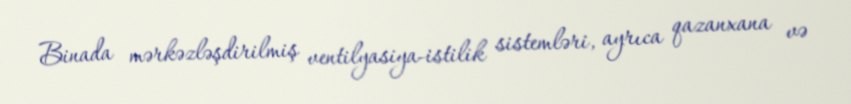
Binada mərkəzləşdirilmiş ventilyasiya-istilik sistemləri, ayrıca qazanxana və